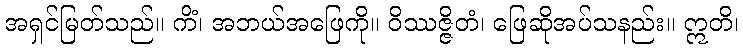
အရှင်မြတ်သည်။ ကိံ၊ အဘယ်အဖြေကို။ ဝိဿဇ္ဇိတံ၊ ဖြေဆိုအပ်သနည်း။ ဣတိ၊